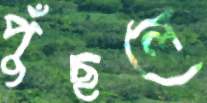
পুঁছলে